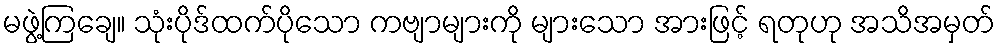
မဖွဲ့ကြချေ။ သုံးပိုဒ်ထက်ပိုသော ကဗျာများကို များသော အားဖြင့် ရတုဟု အသိအမှတ်